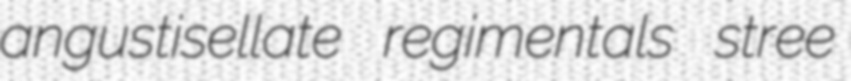
angustisellate regimentals stree